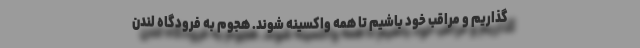
گذاریم و مراقب خود باشیم تا همه واکسینه شوند. هجوم به فرودگاه لندن